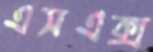
এসএক্স